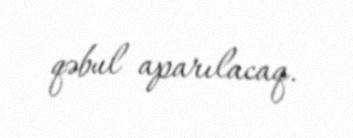
qəbul aparılacaq.